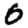
Digit: 0